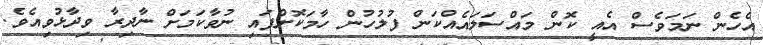
އެހެން ނަމަވެސް އެއީ ކޮން މައްސަލައެއްކަން ފުލުހުން ހާމަކޮށްފައި ނުވާކަމަށް ނާދިރާ ވިދާޅުވިއެވެ.